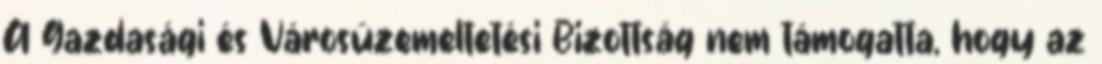
A Gazdasági és Városüzemeltetési Bizottság nem támogatta, hogy az